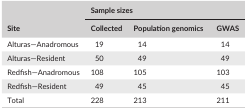
| <ROWSPAN=2> Site | <COLSPAN=3> Sample sizes |
 | Collected | Population genomics | GWAS |
 | --- | --- | --- | --- |
 | Alturas—Anadromous | 19 | 14 | 14 |
 | Alturas—Resident | 50 | 49 | 49 |
 | Redfish—Anadromous | 108 | 105 | 103 |
 | Redfish—Resident | 49 | 45 | 45 |
 | Total | 228 | 213 | 211 |